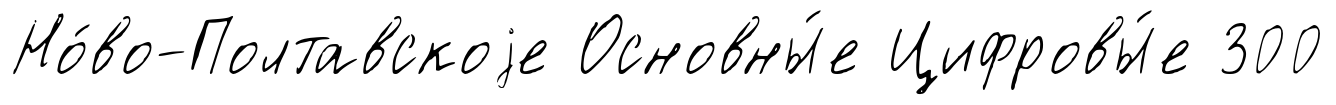
Но́во-Полтавскоjе Основны́е Цифровы́е 300